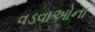
વડવાઓના